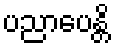
ပညာပေန္တိ